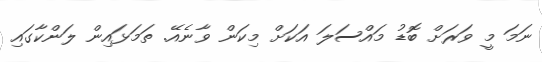
ނަމަ މީ ވަރަށް ބޮޑު މައްސަލަ އަކަށް މިކަން ވާނެއޭ. ތަމަޅައިން ލަންކާގައި